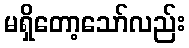
မရှိတော့သော်လည်း